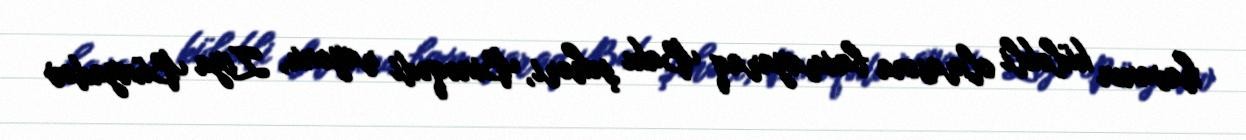
havanın küləkli olmasına baxmayaraq Bakı şəhəri, Binəqədi rayonu, Ziya Bünyadov